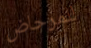
للمرحاض